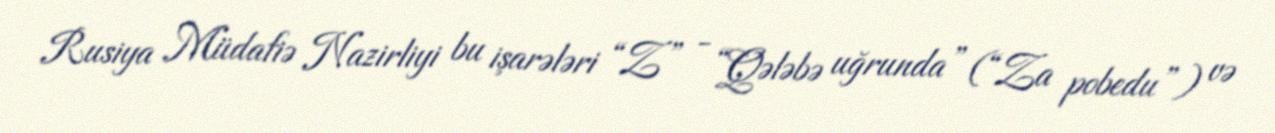
Rusiya Müdafiə Nazirliyi bu işarələri “Z” - “Qələbə uğrunda” (“Za pobedu”) və